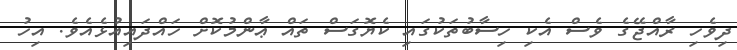
ދިވެހި ރާއްޖޭގެ ވެސް އެކި ހިސާބުތަކުގައި ކެޔޮގަސް ތައް ޢާންމުކޮށް ހައްދައިއުޅެއެވެ. އިހު